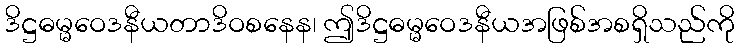
ဒိဋ္ဌဓမ္မဝေဒနီယတာဒိဝစနေန၊ ဤဒိဋ္ဌဓမ္မဝေဒနီယအဖြစ်အစရှိသည်ကို